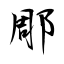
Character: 郮